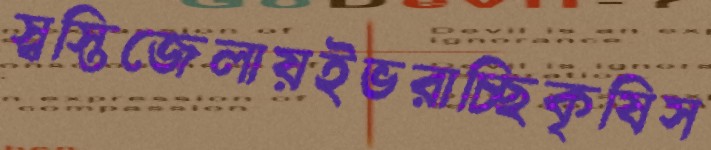
স্বস্তিজেলায়ইভরাচ্ছিকৃষিস